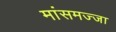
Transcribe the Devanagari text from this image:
मांसमज्जा